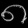
Digit: ၈